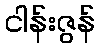
ငါန်းဇွန်